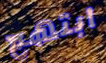
ابتهج